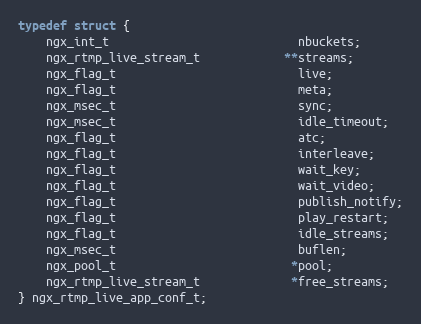
Language: C
typedef struct {
    ngx_int_t                           nbuckets;
    ngx_rtmp_live_stream_t            **streams;
    ngx_flag_t                          live;
    ngx_flag_t                          meta;
    ngx_msec_t                          sync;
    ngx_msec_t                          idle_timeout;
    ngx_flag_t                          atc;
    ngx_flag_t                          interleave;
    ngx_flag_t                          wait_key;
    ngx_flag_t                          wait_video;
    ngx_flag_t                          publish_notify;
    ngx_flag_t                          play_restart;
    ngx_flag_t                          idle_streams;
    ngx_msec_t                          buflen;
    ngx_pool_t                         *pool;
    ngx_rtmp_live_stream_t             *free_streams;
} ngx_rtmp_live_app_conf_t;